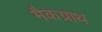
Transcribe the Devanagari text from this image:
मैकग्राथ